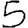
Digit: 5